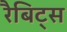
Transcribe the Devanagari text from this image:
रैबिट्स